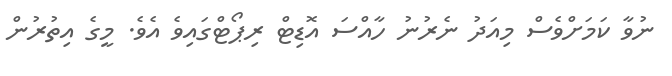
ނުވާ ކަމަށްވެސް މިއަދު ނެރުނު ހާއްސަ އޮޑިޓް ރިޕޯޓްގައިވެ އެވެ. މީގެ އިތުރުން